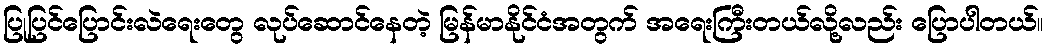
ပြုပြင်ပြောင်းလဲရေးတွေ လုပ်ဆောင်နေတဲ့ မြန်မာနိုင်ငံအတွက် အရေးကြီးတယ်လို့လည်း ပြောပါတယ်။